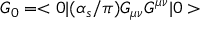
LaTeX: G _ { 0 } = < 0 | ( \alpha _ { s } / \pi ) G _ { \mu \nu } G ^ { \mu \nu } | 0 >